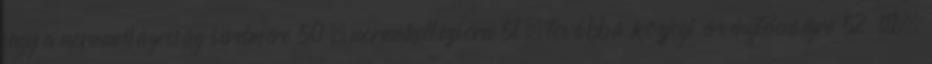
vagy a normavilágosság sérelmére 50 , normakollízióra 51 , továbbá közjogi érvénytelenségre 52 stb.